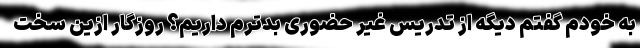
به خودم گفتم دیگه از تدریس غیر حضوری بدترم داریم؟ روزگار ازین سخت